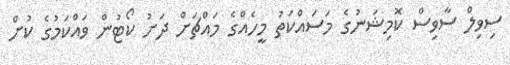
ސިވިލް ސާވިސް ކޮމިޝަނުގެ މަސައްކަތު މީހެއްގެ މައްޗަށް ދަށު ކޯޓުން ވައްކަމުގެ ކުށް